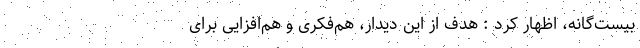
بیست‌گانه، اظهار کرد : هدف از این دیدار، هم‌فکری و هم‌افزایی برای